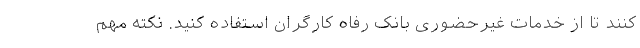
کنند تا از خدمات غیرحضوری بانک رفاه کارگران استفاده کنید. نکته مهم